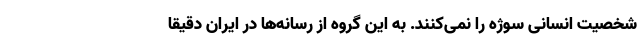
شخصیت انسانی سوژه را نمی‌کنند. به این گروه از رسانه‌ها در ایران دقیقا